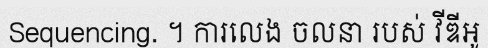
Sequencing. ។ ការលេង ចលនា របស់ វីឌីអូ